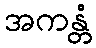
အကန္တံ